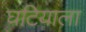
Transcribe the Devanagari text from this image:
घटियाला